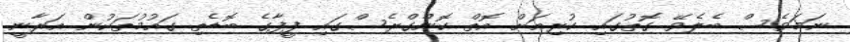
ނަމަވެސް ބެލެވޭ ގޮތުގައި ކުރިއަށް އޮތް ކޮންގްރެސްގައި ފީފާގެ ބޮޑެތި ގައުމުތަކުން އަރާނީ